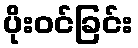
ပိုးဝင်ခြင်း